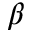
\beta